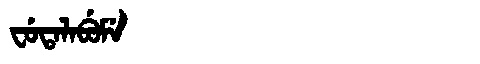
Manchu: ᠸᡠᡨᠠᠯᠠᠪᡠᠮᡝ
Romanization: FUTALABUME